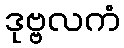
ဒုဗ္ဗလကံ